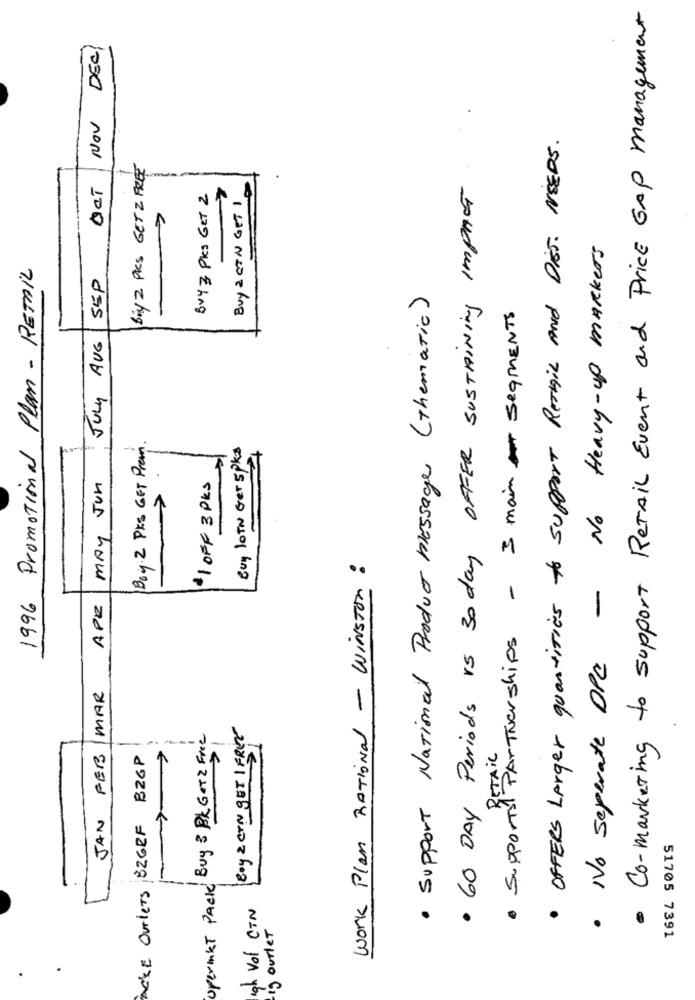
· Co-marketing to support RETAIL Event and Price GAP management
OCT NOV DEC
· 60 DAY Periods vs 30 day OFFER SUSTAINing IMPACT
· OFFERS LArger quantities to support Retail And Diss. NEEDS.
Biy 2 PICS GETZ FREE
BUY & CIN GET 1
Buy & Ples Get 2
1
No Heavy-up markers
1996 Promotional Plan - RETAIL
SEP
· Support National Product message (Thematic)
· Supportal Partnerships - 3 main segMENTS
JULY AUG
Boy. 2 PKS GET Prem.
MAY Jun
Buy LOTN Gerspks
·1 OFF 3 Pks
>
Work Plan RATIONal - Winston :
APR
· No seperate DPC
/MAR
Boy 2 CAN GET 1 FREE
Opermet PACK Buy & BK GOTZ Free
RETAIL
JAN FEB
ACKE OUTLETS 826RF BZGP
igh Vol CTN
19 outlet
51705 7391
.